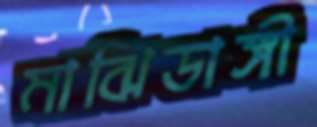
মাঝিডাঙ্গী